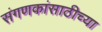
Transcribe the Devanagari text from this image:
संगणकांसाठीच्या